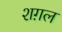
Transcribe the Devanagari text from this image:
शग़ल